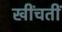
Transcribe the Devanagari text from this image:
खींचतीं